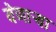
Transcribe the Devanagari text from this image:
येणाऱ्या